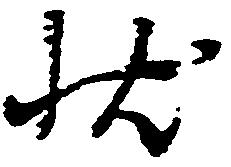
状